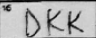
Transcription: DKK